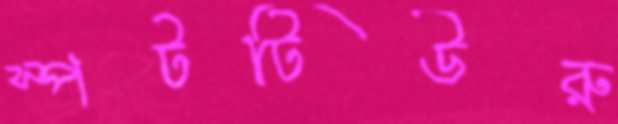
স্পটটিউরু